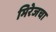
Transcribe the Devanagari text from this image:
मिरेजचा